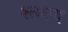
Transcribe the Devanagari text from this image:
श्लक्ष्ण